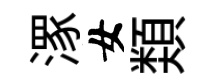
潈女𩔖